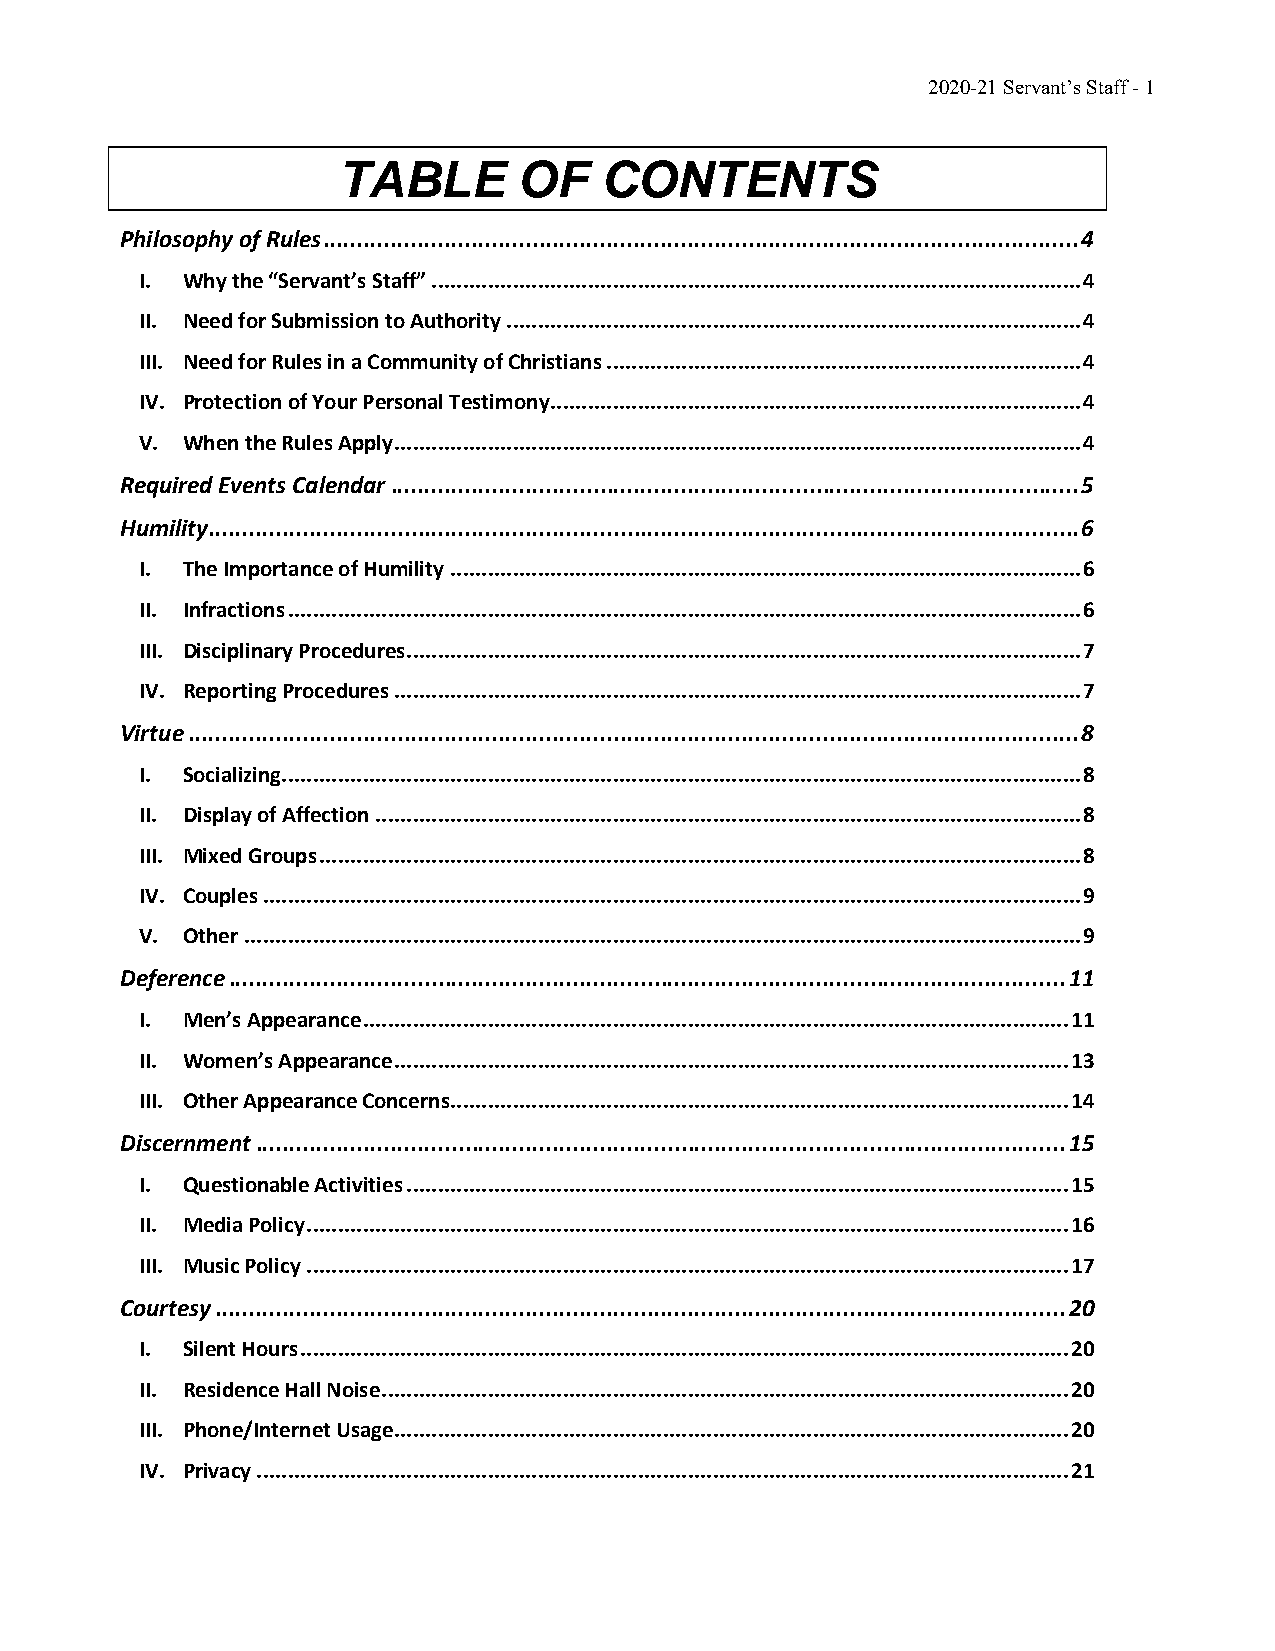
2020-21 Servant’s Staff - 1
 TABLE       OF    CONTENTS
 Philosophy of Rules ................................................................................................................ 4
 I. Why the “Servant’s Staff” ........................................................................................................ 4
 II. Need for Submission to Authority ............................................................................................ 4
 III. Need for Rules in a Community of Christians ............................................................................ 4
 IV. Protection of Your Personal Testimony ..................................................................................... 4
 V. When the Rules Apply .............................................................................................................. 4
 Required Events Calendar ...................................................................................................... 5
 Humility ................................................................................................................................. 6
 I. The Importance of Humility ..................................................................................................... 6
 II. Infractions ............................................................................................................................... 6
 III. Disciplinary Procedures ............................................................................................................ 7
 IV. Reporting Procedures .............................................................................................................. 7
 Virtue .................................................................................................................................... 8
 I. Socializing................................................................................................................................ 8
 II. Display of Affection ................................................................................................................. 8
 III. Mixed Groups .......................................................................................................................... 8
 IV. Couples ................................................................................................................................... 9
 V. Other ...................................................................................................................................... 9
 Deference ............................................................................................................................ 11
 I. Men’s Appearance ................................................................................................................. 11
 II. Women’s Appearance ............................................................................................................ 13
 III. Other Appearance Concerns................................................................................................... 14
 Discernment ........................................................................................................................ 15
 I. Questionable Activities .......................................................................................................... 15
 II. Media Policy .......................................................................................................................... 16
 III. Music Policy .......................................................................................................................... 17
 Courtesy .............................................................................................................................. 20
 I. Silent Hours ........................................................................................................................... 20
 II. Residence Hall Noise .............................................................................................................. 20
 III. Phone/Internet Usage............................................................................................................ 20
 IV. Privacy .................................................................................................................................. 21